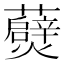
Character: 𭶧